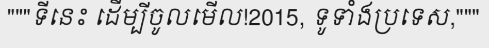
"""ទីនេះ ដើម្បីចូលមើល!2015, ទូទាំងប្រទេស,"""